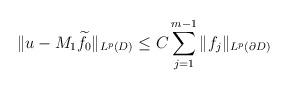
LaTeX: \begin{align*}\|u-M_{1}\widetilde{f}_{0}\|_{L^{p}(D)}\leq C\sum_{j=1}^{m-1}\|f_{j}\|_{L^{p}(\partial D)}\end{align*}